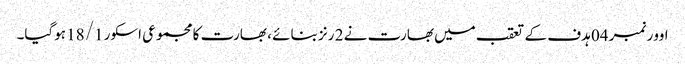
اوور نمبر 04 ہدف کے تعقب میں بھارت نے 2 رنز بنائے ، بھارت کا مجموعی اسکور 18/1 ہوگیا۔